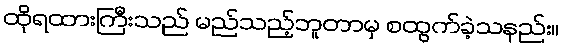
ထိုရထားကြီးသည် မည်သည့်ဘူတာမှ စထွက်ခဲ့သနည်း။